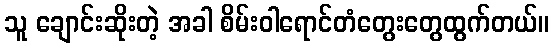
သူ ချောင်းဆိုးတဲ့ အခါ စိမ်းဝါရောင်တံတွေးတွေထွက်တယ်။